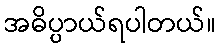
အဓိပ္ပာယ်ရပါတယ်။